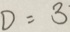
D = 3